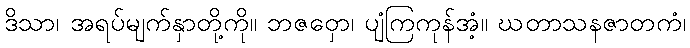
ဒိသာ၊ အရပ်မျက်နှာတို့ကို။ ဘဇဝှော၊ ပျံကြကုန်အံ့။ ဃတာသနဇာတကံ၊